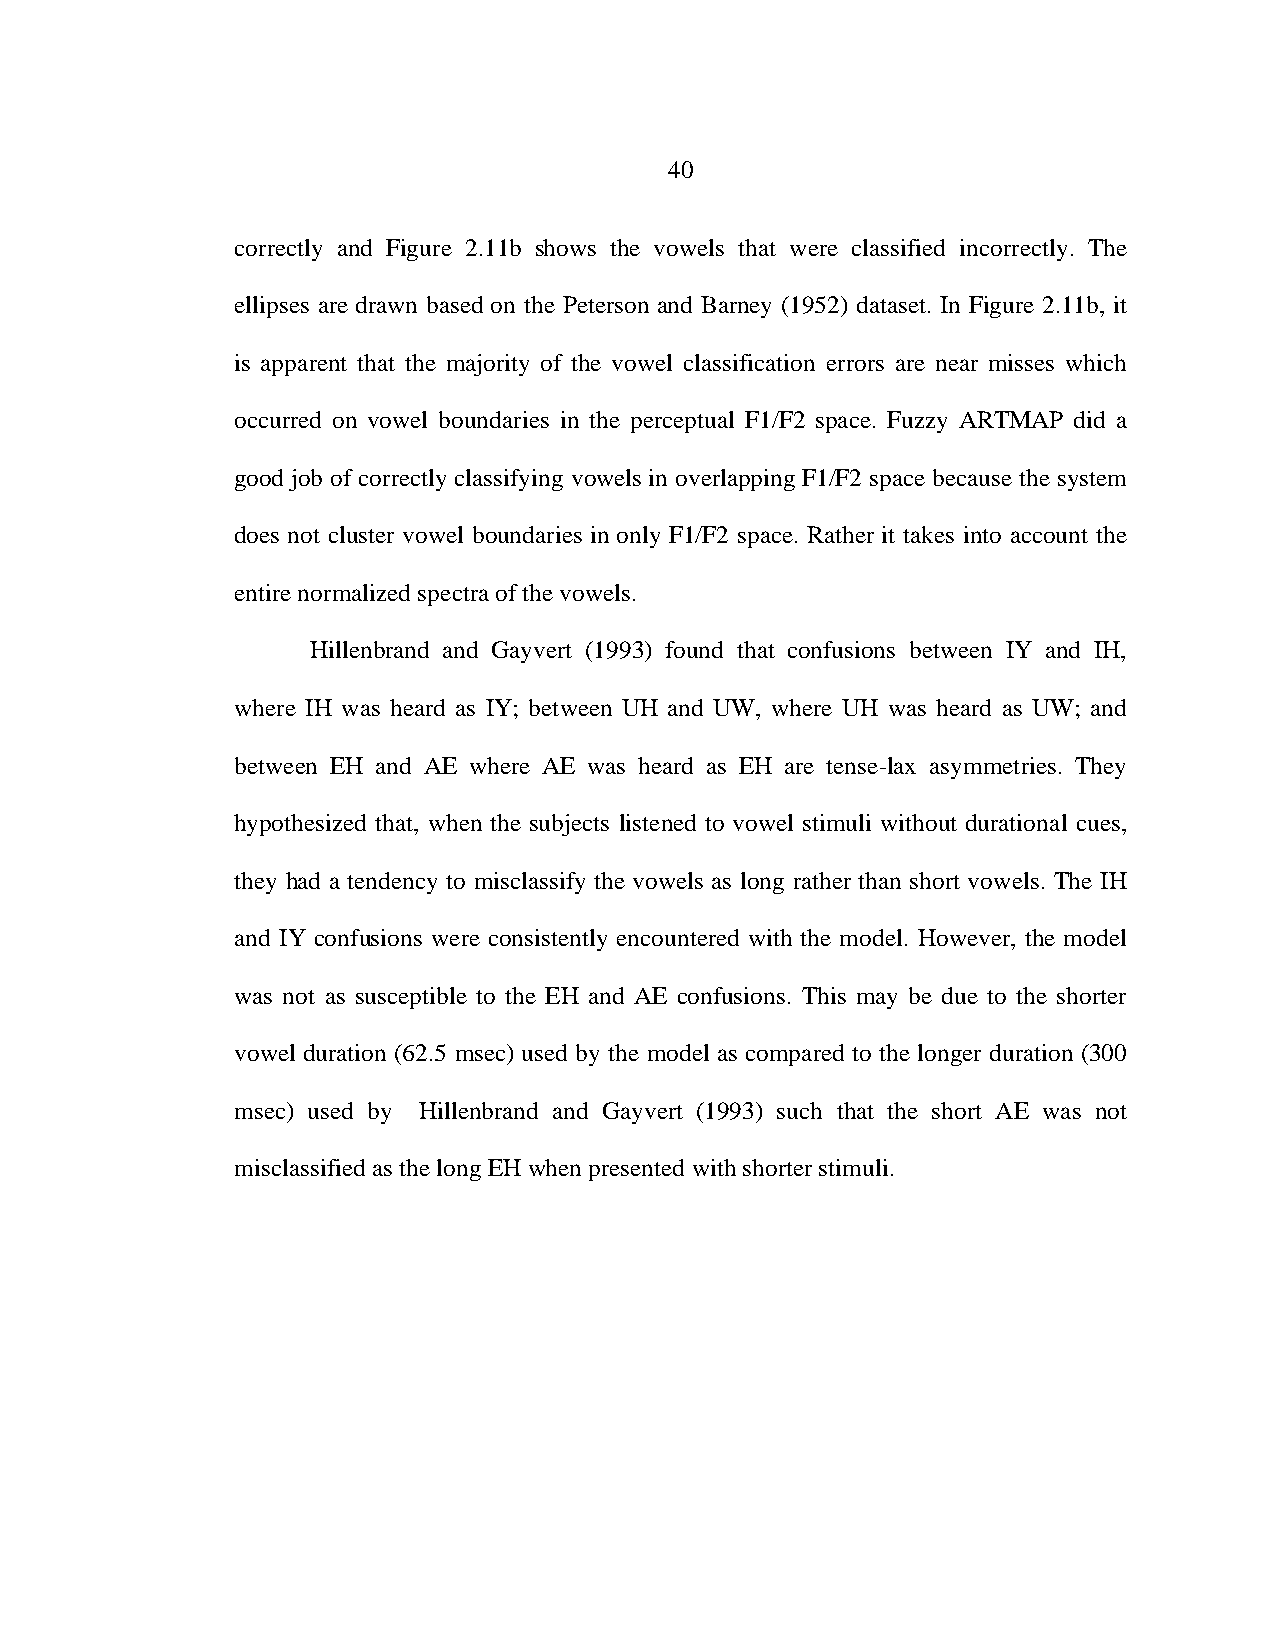
40
 correctly and Figure 2.11b shows the vowels that were classified incorrectly. The
 ellipses are drawn based on the Peterson and Barney (1952) dataset. In Figure 2.11b, it
 is apparent that the majority of the vowel classification errors are near misses which
 occurred on vowel boundaries in the perceptual F1/F2 space. Fuzzy ARTMAP did a
 good job of correctly classifying vowels in overlapping F1/F2 space because the system
 does not cluster vowel boundaries in only F1/F2 space. Rather it takes into account the
 entire normalized spectra of the vowels.
 Hillenbrand and Gayvert (1993) found that confusions between IY and IH,
 where IH was heard as IY; between UH and UW, where UH was heard as UW; and
 between EH and AE where AE was heard as EH are tense-lax asymmetries. They
 hypothesized that, when the subjects listened to vowel stimuli without durational cues,
 they had a tendency to misclassify the vowels as long rather than short vowels. The IH
 and IY confusions were consistently encountered with the model. However, the model
 was not as susceptible to the EH and AE confusions. This may be due to the shorter
 vowel duration (62.5 msec) used by the model as compared to the longer duration (300
 msec) used by Hillenbrand and Gayvert (1993) such that the short AE was not
 misclassified as the long EH when presented with shorter stimuli.